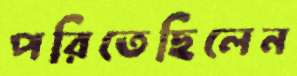
পরিতেছিলেন